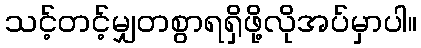
သင့်တင့်မျှတစွာရရှိဖို့လိုအပ်မှာပါ။